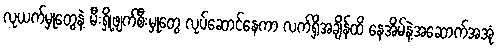
လုယက်မှုတွေနဲ့ မီးရှို့ဖျက်စီးမှုတွေ လုပ်ဆောင်နေကာ လက်ရှိအချိန်ထိ နေအိမ်နဲ့အဆောက်အအုံ